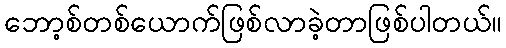
ဘော့စ်တစ်ယောက်ဖြစ်လာခဲ့တာဖြစ်ပါတယ်။